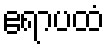
ဧရာပထံ